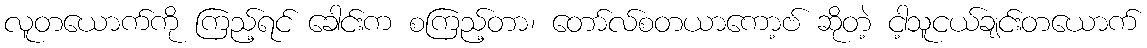
လူတယောက်ကို ကြည့်ရင် ခေါင်းက စကြည့်တာ၊ တော်လ်စတယာကော့ဗ် ဆိုတဲ့ ငါ့သူငယ်ချင်းတယောက်